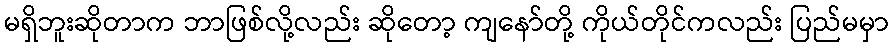
မရှိဘူးဆိုတာက ဘာဖြစ်လို့လည်း ဆိုတော့ ကျနော်တို့ ကိုယ်တိုင်ကလည်း ပြည်မမှာ